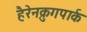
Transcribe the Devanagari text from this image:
हैरेनक्रुगपार्क